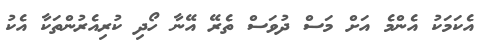
އެކަމަކު އެންމެ އަށް މަސް ދުވަސް ތެރޭ އޭނާ ހޯދި ކުރިއެރުންތަކާ އެކު